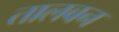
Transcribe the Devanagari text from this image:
तालबन